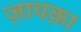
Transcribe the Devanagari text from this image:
ज़ायक़ा